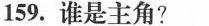
159.谁是主角?